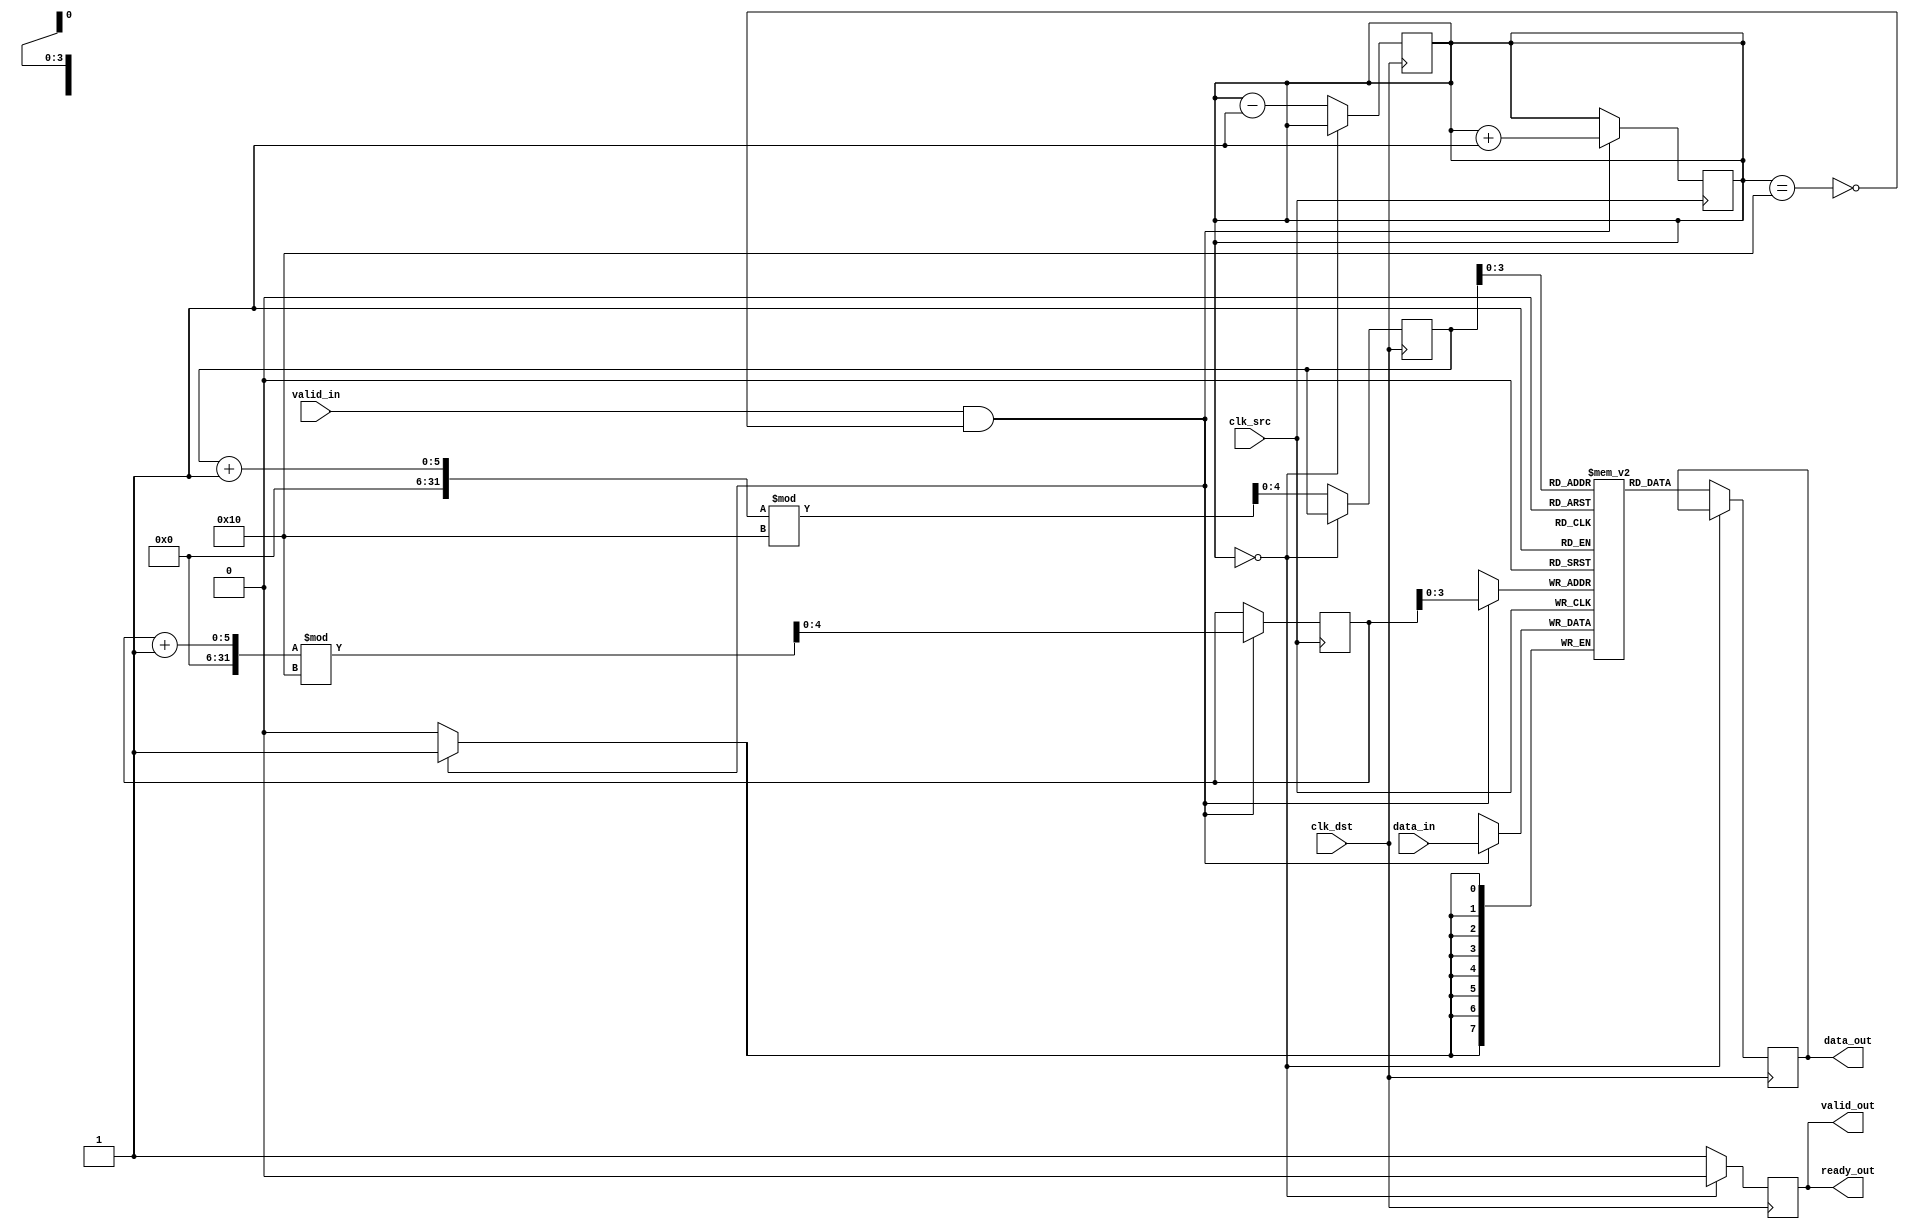
module memory_pipeline_synchronizer #(
    parameter DATA_WIDTH = 8,        // Width of the data
    parameter FIFO_DEPTH = 16         // Depth of the FIFO
)(
    input wire                          clk_src,    // Source clock
    input wire                          clk_dst,    // Destination clock
    input wire [DATA_WIDTH-1:0]        data_in,    // Data input from upstream
    input wire                          valid_in,    // Valid signal for input data
    output reg                          ready_out,   // Ready signal for downstream
    output reg [DATA_WIDTH-1:0]        data_out,    // Synchronized data output
    output reg                          valid_out     // Valid signal for output data
);

    // FIFO buffer signals
    reg [DATA_WIDTH-1:0] fifo [0:FIFO_DEPTH-1];
    reg [4:0] write_ptr; // Write pointer (5 bits for FIFO_DEPTH)
    reg [4:0] read_ptr;  // Read pointer (5 bits for FIFO_DEPTH)
    reg [4:0] fifo_count; // Number of items in FIFO
    
    // FIFO Control Signals
    wire fifo_full = (fifo_count == FIFO_DEPTH);
    wire fifo_empty = (fifo_count == 0);
    
    // Write data into FIFO
    always @(posedge clk_src) begin
        if (valid_in && !fifo_full) begin
            fifo[write_ptr] <= data_in; // Write data
            write_ptr <= (write_ptr + 1) % FIFO_DEPTH; // Increment write pointer
            fifo_count <= fifo_count + 1; // Increment FIFO count
        end
    end

    // Read data from FIFO
    always @(posedge clk_dst) begin
        if (!fifo_empty) begin
            data_out <= fifo[read_ptr]; // Read data
            valid_out <= 1'b1; // Set valid output
            read_ptr <= (read_ptr + 1) % FIFO_DEPTH; // Increment read pointer
            fifo_count <= fifo_count - 1; // Decrement FIFO count
        end else begin
            valid_out <= 1'b0; // Clear valid output if empty
        end
    end

    // Ready signal for downstream
    always @(posedge clk_dst) begin
        if (!fifo_empty) begin
            ready_out <= 1'b1; // Set ready signal if data is available
        end else begin
            ready_out <= 1'b0; // Clear ready signal if no data
        end
    end

    // Initialize pointers and counts
    initial begin
        write_ptr = 0;
        read_ptr = 0;
        fifo_count = 0;
        valid_out = 0;
        ready_out = 0;
    end

endmodule